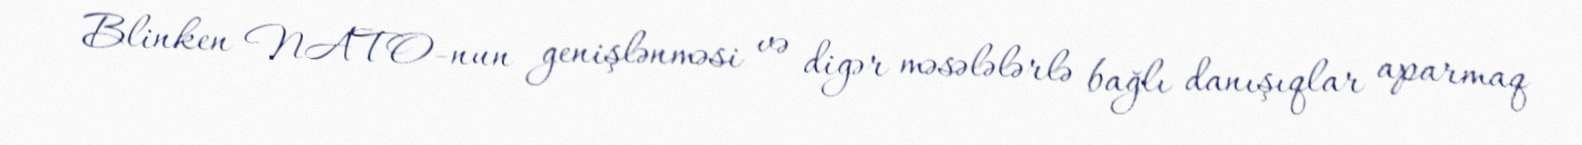
Blinken NATO-nun genişlənməsi və digər məsələlərlə bağlı danışıqlar aparmaq